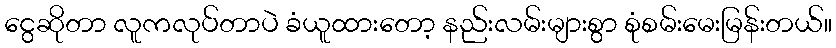
ငွေဆိုတာ လူကလုပ်တာပဲ ခံယူထားတော့ နည်းလမ်းများစွာ စုံစမ်းမေးမြန်းတယ်။